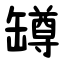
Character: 罇